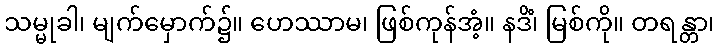
သမ္မုခါ၊ မျက်မှောက်၌။ ဟေဿာမ၊ ဖြစ်ကုန်အံ့။ နဒိံ၊ မြစ်ကို။ တရန္တာ၊